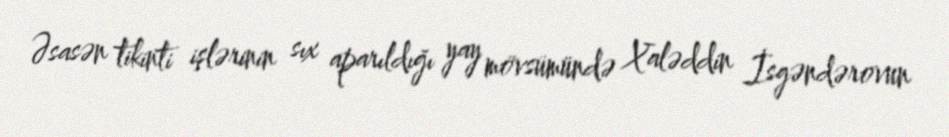
Əsasən tikinti işlərinin sıx aparıldığı yay mövsümündə Xaləddin İsgəndərovun